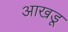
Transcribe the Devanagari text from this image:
आखडू